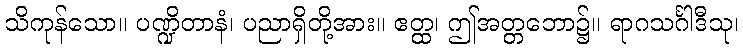
သိကုန်သော။ ပဏ္ဍိတာနံ၊ ပညာရှိတို့အား။ ဧတ္ထ၊ ဤအတ္တဘော၌။ ရာဂသင်္ဂါဒီသု၊